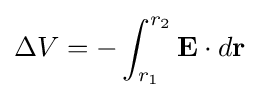
\Delta V=-\int _{r_{1}}^{r_{2}}\mathbf {E} \cdot d\mathbf {r} \,\!